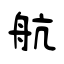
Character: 航